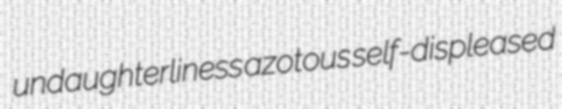
undaughterliness azotous self-displeased